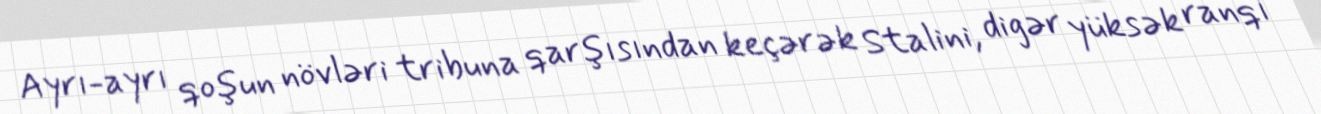
Ayrı-ayrı qoşun növləri tribuna qarşısından keçərək Stalini, digər yüksək ranqı